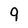
Character: 9